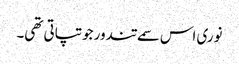
نوری اس سمے تندور جو تپاتی تھی۔